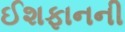
ઈશફાનની